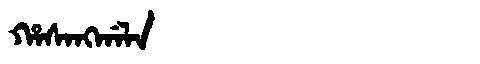
Manchu: ᡥᠠᠰᠠᠩᡤᠠᠯᠠ
Romanization: HASANGGALA